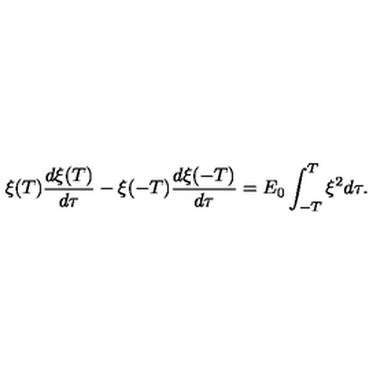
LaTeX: \xi ( T ) \frac { d \xi ( T ) } { d \tau } - \xi ( - T ) \frac { d \xi ( - T ) } { d \tau } = E _ { 0 } \int _ { - T } ^ { T } \xi ^ { 2 } d \tau .